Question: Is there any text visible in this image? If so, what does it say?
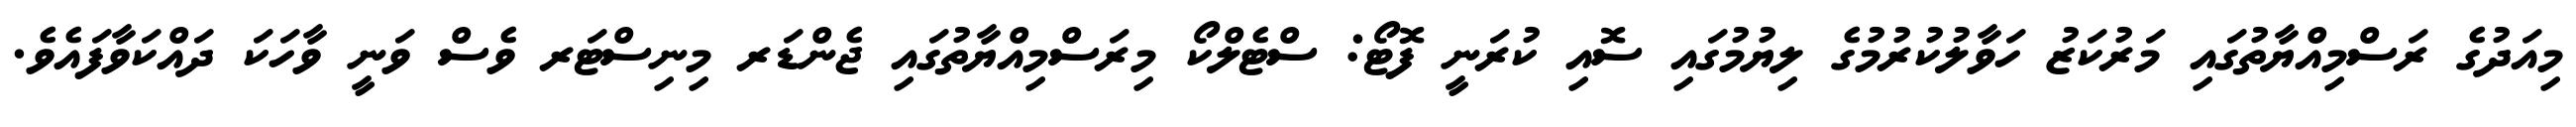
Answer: މިއަދުގެ ރަސްމިއްޔާތުގައި މަރުކަޒު ހަވާލުކުރުމުގެ ލިޔުމުގައި ސޮއި ކުރަނީ ފޮޓޯ: ސްޓެލްކޯ މިރަސްމިއްޔާތުގައި ޖެންޑަރ މިނިސްޓަރ ވެސް ވަނީ ވާހަކަ ދައްކަވާފައެވެ.